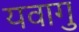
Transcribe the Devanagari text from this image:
यवागु